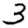
Digit: 3